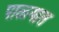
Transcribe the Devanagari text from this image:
पाळ्यात